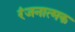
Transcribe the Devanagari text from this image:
रंजनात्मक